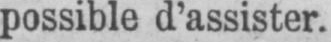
possible d’assister.